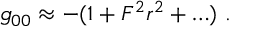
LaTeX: g _ { 0 0 } \approx - ( 1 + F ^ { 2 } r ^ { 2 } + \ldots ) \ .